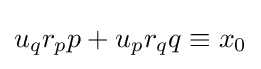
u_{q}r_{p}p+u_{p}r_{q}q\equiv x_{0}